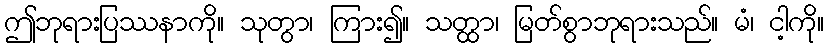
ဤဘုရားပြဿနာကို။ သုတွာ၊ ကြား၍။ သတ္ထာ၊ မြတ်စွာဘုရားသည်။ မံ၊ ငါ့ကို။